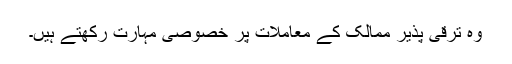
وہ ترقی پذیر ممالک کے معاملات پر خصوصی مہارت رکھتے ہیں۔